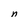
Character: n